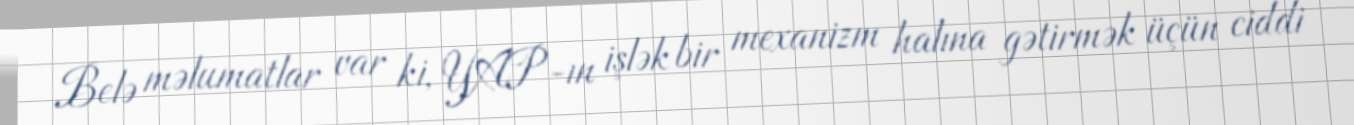
Belə məlumatlar var ki, YAP-ın işlək bir mexanizm halına gətirmək üçün ciddi